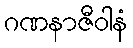
ဂဏနာဇီဝါနံ